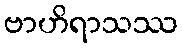
ဗာဟိရာသဿ